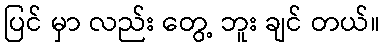
ပြင် မှာ လည်း တွေ့ ဘူး ချင် တယ်။